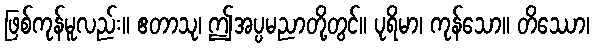
ဖြစ်ကုန်မူလည်း။ ဧတာသု၊ ဤအပ္ပမညာတို့တွင်။ ပုရိမာ၊ ကုန်သော။ တိဿော၊